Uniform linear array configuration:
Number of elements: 32
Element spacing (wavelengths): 0.25
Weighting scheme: hann
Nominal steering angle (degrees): -30
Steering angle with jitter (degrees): -30.446
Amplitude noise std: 0.05
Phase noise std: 0.05

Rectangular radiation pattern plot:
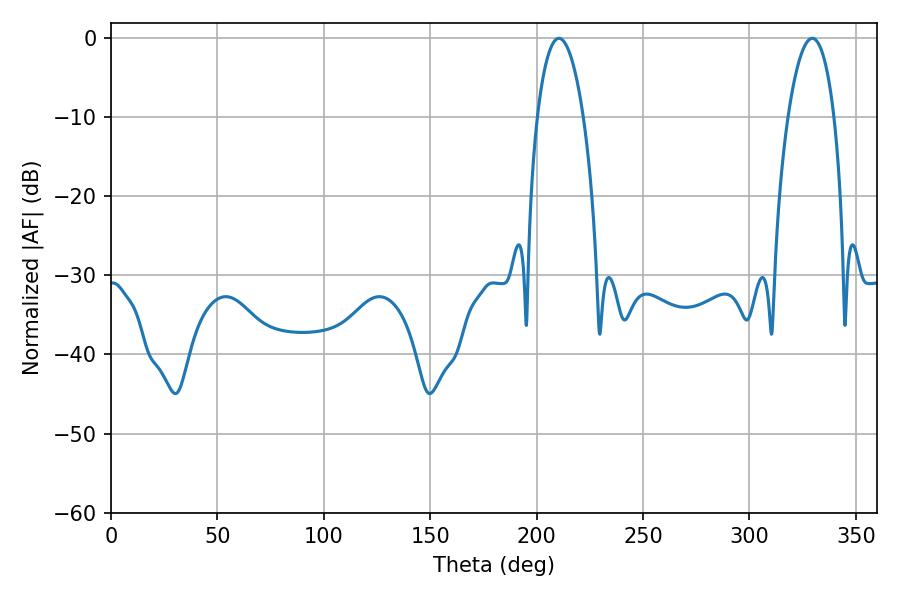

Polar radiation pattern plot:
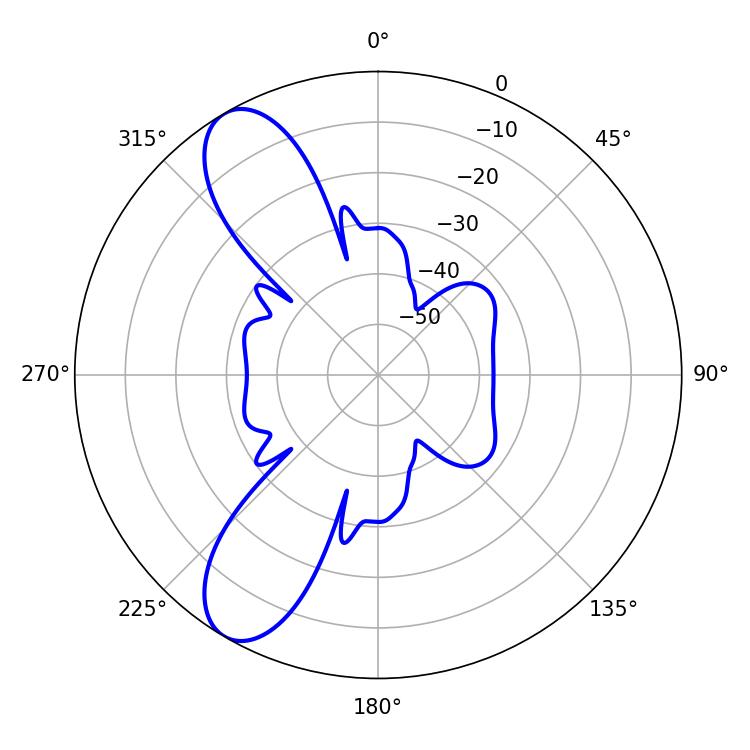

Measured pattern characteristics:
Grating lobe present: FALSE
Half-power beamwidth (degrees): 12.06
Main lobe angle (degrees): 210.42